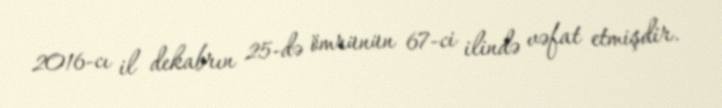
2016-cı il dekabrın 25-də ömrünün 67-ci ilində vəfat etmişdir.